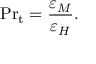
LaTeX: \mathrm { P r } _ { \mathrm { t } } = { \frac { \varepsilon _ { M } } { \varepsilon _ { H } } } .